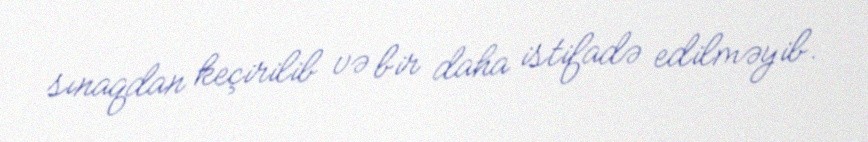
sınaqdan keçirilib və bir daha istifadə edilməyib.